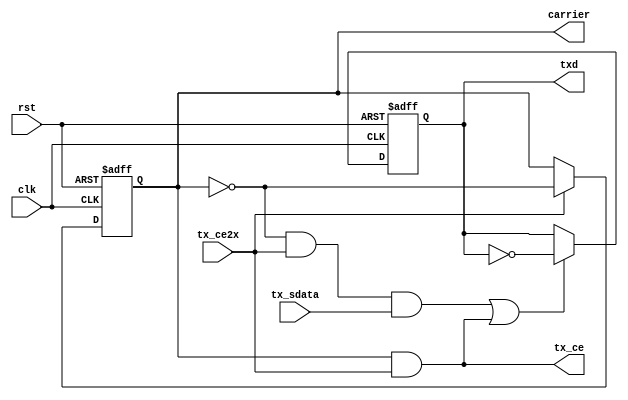
module encoder(
    input                                   clk,
    input                                   rst,
    input                                   tx_ce2x,
    input                                   tx_sdata,
    output                                  tx_ce,
    output reg                              txd,
    output reg                              carrier
);


    reg                                     sdat;
    wire                                    tx_ce2;


    assign tx_ce  =  carrier & tx_ce2x;
    assign tx_ce2 = ~carrier & tx_ce2x;

    always @(posedge clk or posedge rst)
        if(rst) 
            carrier <= 1'b0;
        else if (tx_ce2x) 
            carrier <= ~carrier;

    always @(posedge clk or posedge rst)
        if(rst) 
            txd <= 1'b0;
        else if ((tx_ce2 & tx_sdata) | tx_ce ) 
            txd <= ~txd;

endmodule